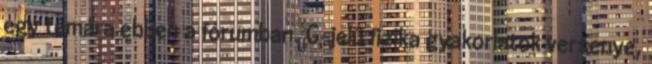
egy témára ebben a fórumban. G-jelű fizika gyakorlatok versenye,